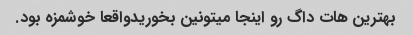
بهترین هات داگ رو اینجا میتونین بخوریدواقعا خوشمزه بود.